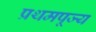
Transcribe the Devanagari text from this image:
प्रथमपूज्य